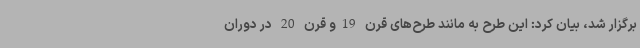
برگزار شد، بیان کرد: این طرح به مانند طرح‌های قرن 19و قرن 20 در دوران